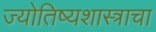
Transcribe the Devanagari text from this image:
ज्योतिष्यशास्त्राचा